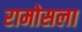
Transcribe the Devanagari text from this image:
रामोसला